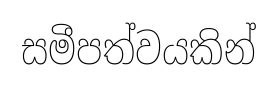
සමීපත්වයකින්